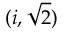
( i , { \sqrt { 2 } } )